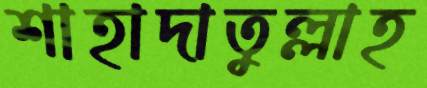
শাহাদাতুল্লাহ